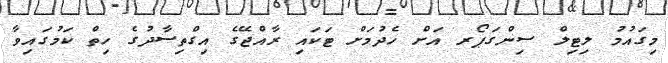
މިގައުމު ލިޓިލް ސިންގަޕޯރ އަށް ހެދުމަށް ޓަކައި ރާއްޖޭގެ އިގްތިސާދުގެ ހިތް ކަމުގައިވާ